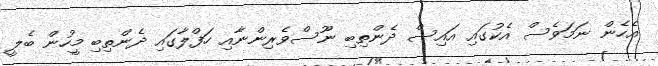
އެހެން ނަމަވެސް އެކުގައި އައިސް ދެންތިބި ނޫސްވެރިންނާއި ހަފްލާގައި ދެންތިބި މީހުން ބެލީ